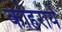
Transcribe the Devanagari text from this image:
कोहराये